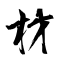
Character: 材